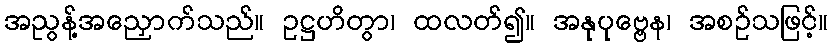
အညွန့်အညှောက်သည်။ ဥဋ္ဌဟိတွာ၊ ထလတ်၍။ အနုပုဗ္ဗေန၊ အစဉ်သဖြင့်။